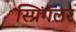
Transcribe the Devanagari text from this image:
स्प्रिंगलर